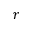
r